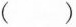
()